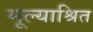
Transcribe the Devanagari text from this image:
मूल्याश्रित